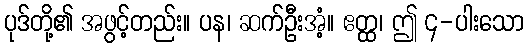
ပုဒ်တို့၏ အဖွင့်တည်း။ ပန၊ ဆက်ဦးအံ့။ ဧတ္ထ၊ ဤ ၄-ပါးသော